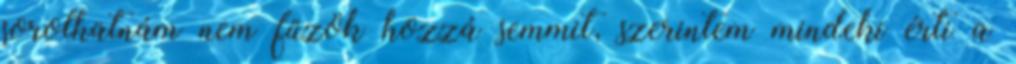
sorolhatnám nem fűzök hozzá semmit, szerintem mindeki érti a